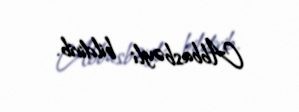
Abbasbəyli bildirib.